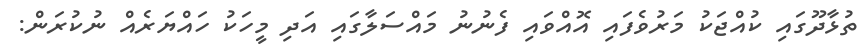
ތުޅާދޫގައި ކުއްޖަކު މަރުވެފައި އޮއްވައި ފެނުނު މައްސަލާގައި އަދި މީހަކު ހައްޔަރެއް ނުކުރަން: